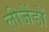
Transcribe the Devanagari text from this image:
लीजेंडों